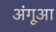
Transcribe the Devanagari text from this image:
अंगूआ